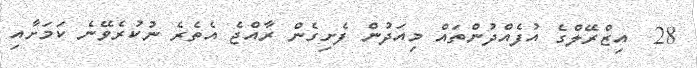
28  އިޒްރޭލްގެ އުފެއްދުންތައް މިއަދުން ފެށިގެން ރާއްޖެ އެތެރެ ނުކުރެވޭނެ ކަމަށާއި